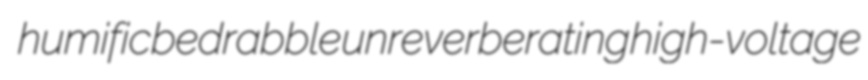
humific bedrabble unreverberating high-voltage